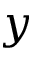
y